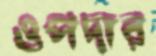
ওপদার